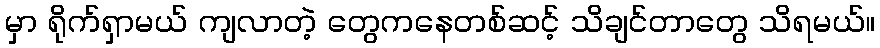
မှာ ရိုက်ရှာမယ် ကျလာတဲ့ တွေကနေတစ်ဆင့် သိချင်တာတွေ သိရမယ်။